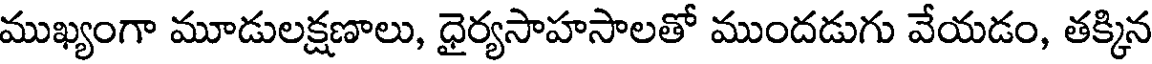
ముఖ్యంగా మూడులక్షణాలు, ధైర్యసాహసాలతో ముందడుగు వేయడం, తక్కిన